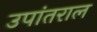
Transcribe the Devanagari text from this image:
उपांतराल